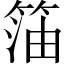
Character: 𱸊